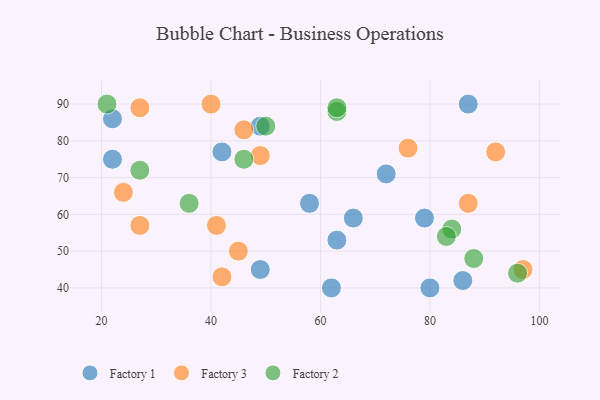
{"axis": {"x": "GDP", "y": "Life Expectancy"}, "legend": ["Factory 1", "Factory 2", "Factory 3"], "data": [{"x": "58", "y": 63, "type": "Factory 1"}, {"x": "86", "y": 42, "type": "Factory 1"}, {"x": "87", "y": 90, "type": "Factory 1"}, {"x": "22", "y": 86, "type": "Factory 1"}, {"x": "49", "y": 45, "type": "Factory 1"}, {"x": "42", "y": 77, "type": "Factory 1"}, {"x": "62", "y": 40, "type": "Factory 1"}, {"x": "66", "y": 59, "type": "Factory 1"}, {"x": "80", "y": 40, "type": "Factory 1"}, {"x": "63", "y": 53, "type": "Factory 1"}, {"x": "79", "y": 59, "type": "Factory 1"}, {"x": "49", "y": 84, "type": "Factory 1"}, {"x": "72", "y": 71, "type": "Factory 1"}, {"x": "22", "y": 75, "type": "Factory 1"}, {"x": "45", "y": 50, "type": "Factory 3"}, {"x": "27", "y": 57, "type": "Factory 3"}, {"x": "76", "y": 78, "type": "Factory 3"}, {"x": "46", "y": 83, "type": "Factory 3"}, {"x": "87", "y": 63, "type": "Factory 3"}, {"x": "49", "y": 76, "type": "Factory 3"}, {"x": "41", "y": 57, "type": "Factory 3"}, {"x": "40", "y": 90, "type": "Factory 3"}, {"x": "97", "y": 45, "type": "Factory 3"}, {"x": "92", "y": 77, "type": "Factory 3"}, {"x": "42", "y": 43, "type": "Factory 3"}, {"x": "24", "y": 66, "type": "Factory 3"}, {"x": "27", "y": 89, "type": "Factory 3"}, {"x": "96", "y": 44, "type": "Factory 2"}, {"x": "50", "y": 84, "type": "Factory 2"}, {"x": "88", "y": 48, "type": "Factory 2"}, {"x": "36", "y": 63, "type": "Factory 2"}, {"x": "63", "y": 88, "type": "Factory 2"}, {"x": "84", "y": 56, "type": "Factory 2"}, {"x": "27", "y": 72, "type": "Factory 2"}, {"x": "46", "y": 75, "type": "Factory 2"}, {"x": "21", "y": 90, "type": "Factory 2"}, {"x": "83", "y": 54, "type": "Factory 2"}, {"x": "63", "y": 89, "type": "Factory 2"}]}